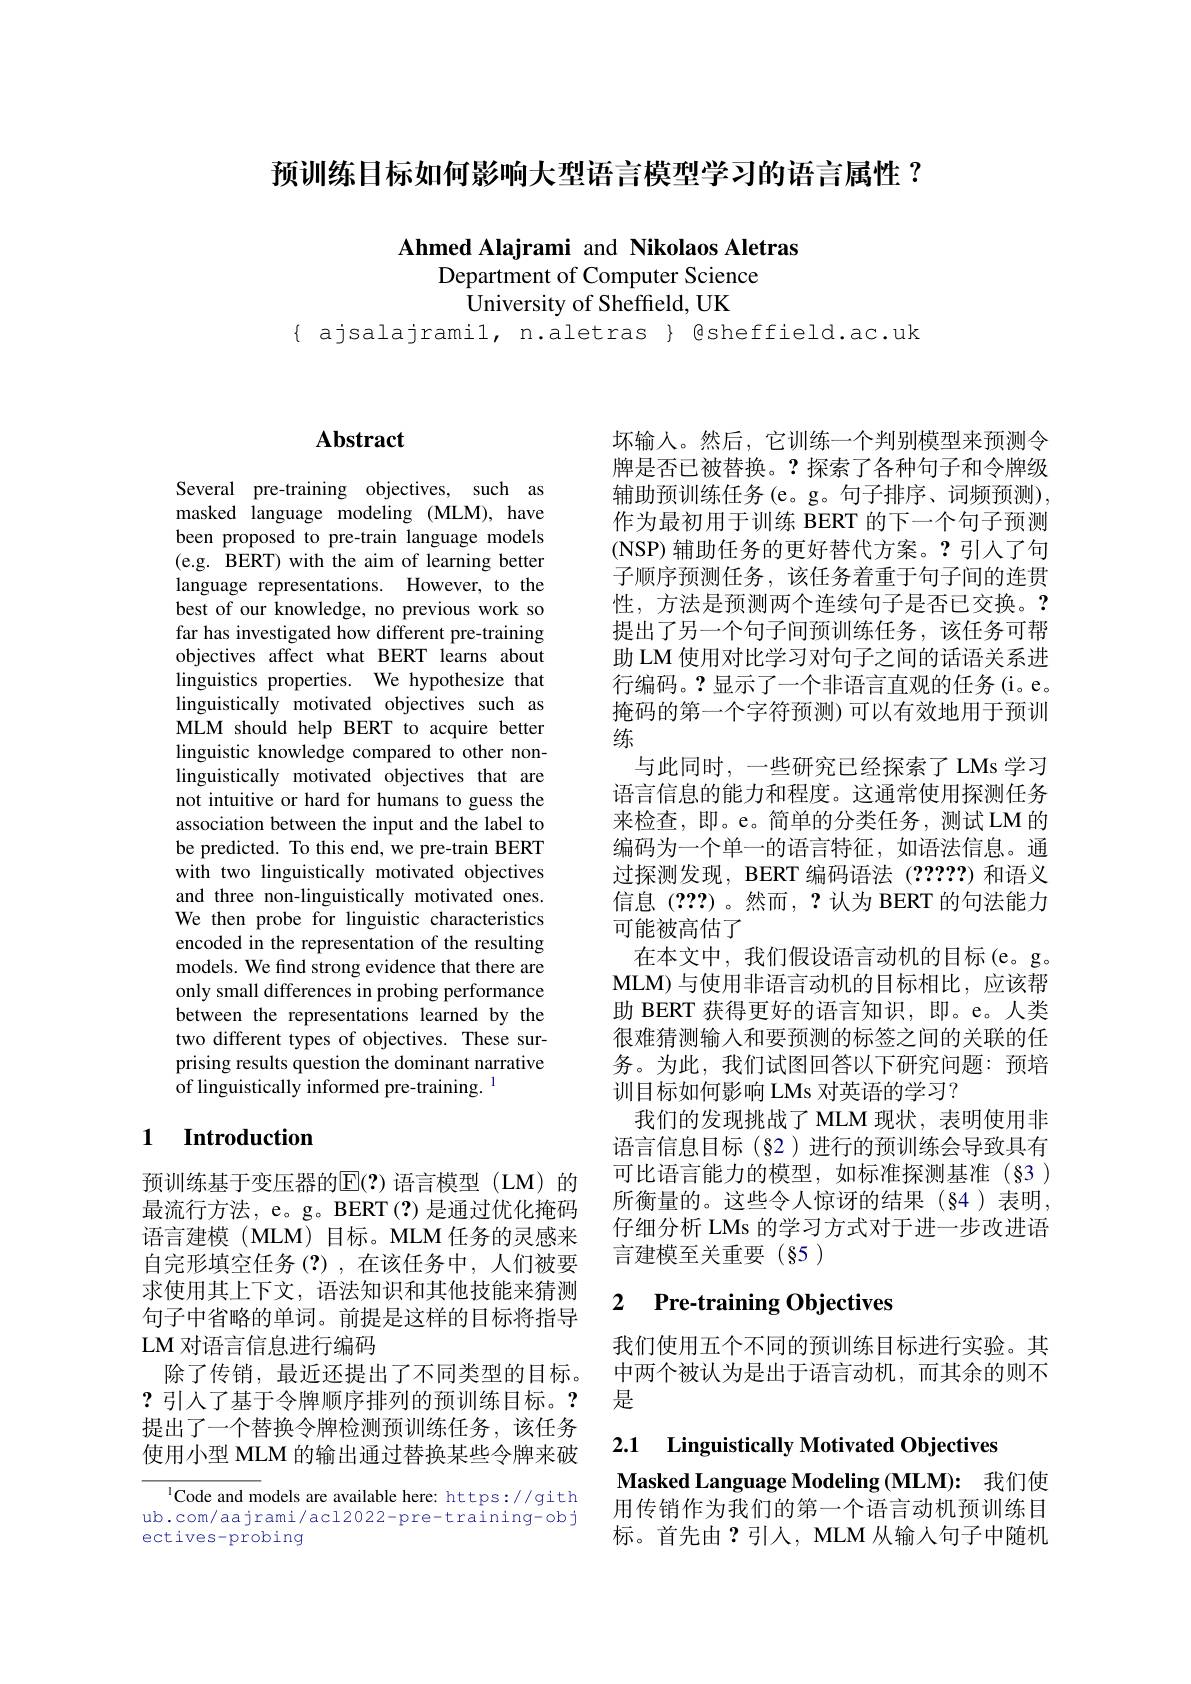
预训练目标如何影响大型语言模型学习的语言属性 ?

Ahmed Alajrami and Nikolaos Aletras
Department of Computer Science
University of Sheffield, UK

$\{$ ajsalajramil, n.aletras $\}$ @sheffield.ac.uk

# Abstract

Several pre-training objectives, such as masked language modeling (MLM), have been proposed to pre-train language models (e.g. BERT) with the aim of learning better language representations. However, to the best of our knowledge, no previous work so far has investigated how different pre-training objectives affect what BERT learns about linguistics properties. We hypothesize that linguistically motivated objectives such as MLM should help BERT to acquire better linguistic knowledge compared to other nonlinguistically motivated objectives that are not intuitive or hard for humans to guess the association between the input and the label to be predicted. To this end, we pre-train BERT with two linguistically motivated objectives and three non-linguistically motivated ones. We then probe for linguistic characteristics encoded in the representation of the resulting models. We find strong evidence that there are only small differences in probing performance between the representations learned by the two different types of objectives. These surprising results question the dominant narrative of linguistically informed pre-training.

## 1 $\textbf{Introduction}$

预训练基于变压器的$\overline{\mathrm{E}}(?)$ 语言模型 (LM)的最流行方法，e。g。BERT(?)是通过优化掩码语言建模 (MLM) 目标。MLM 任务的灵感来自完形填空任务(?),在该任务中，人们被要求使用其上下文，语法知识和其他技能来猜测句子中省略的单词。前提是这样的目标将指导LM 对语言信息进行编码
除了传销，最近还提出了不同类型的目标。?引入了基于令牌顺序排列的预训练目标。? 提出了一个替换令牌检测预训练任务，该任务使用小型 MLM 的输出通过替换某些令牌来破

$^{1}$Code and models are available here: https://gith ub.com/aajrami/acl2022-pre-training-obj ectives-probing

坏输入。然后，它训练一个判别模型来预测令牌是否已被替换。?探索了各种句子和令牌级辅助预训练任务(e。g。句子排序、词频预测), 作为最初用于训练 BERT 的下一个句子预测(NSP)辅助任务的更好替代方案。?引入了句子顺序预测任务，该任务着重于句子间的连贯性，方法是预测两个连续句子是否已交换。? 提出了另一个句子间预训练任务，该任务可帮助 LM 使用对比学习对句子之间的话语关系进行编码。?显示了一个非语言直观的任务(i。e。掩码的第一个字符预测)可以有效地用于预训练
与此同时，一些研究已经探索了LMs学习语言信息的能力和程度。这通常使用探测任务来检查，即。e。简单的分类任务，测试LM 的编码为一个单一的语言特征，如语法信息。通过探测发现，BERT 编码语法(?????)和语义信息(???)。然而，?认为 BERT 的句法能力可能被高估了
在本文中，我们假设语言动机的目标(e。g。MLM)与使用非语言动机的目标相比，应该帮助 BERT 获得更好的语言知识，即。e。人类很难猜测输入和要预测的标签之间的关联的任务。为此，我们试图回答以下研究问题：预培训目标如何影响 LMs 对英语的学习？
我们的发现挑战了MLM 现状，表明使用非语言信息目标(§2)进行的预训练会导致具有可比语言能力的模型，如标准探测基准(§3) 所衡量的。这些令人惊讶的结果(§4)表明， 仔细分析 LMs 的学习方式对于进一步改进语言建模至关重要(§5)

### 2 $\textbf{Pre- training Objectives}$

我们使用五个不同的预训练目标进行实验。其中两个被认为是出于语言动机，而其余的则不是

### 2.1 Linguistically Motivated Objectives Masked Language Modeling (MLM): 我们使用传销作为我们的第一个语言动机预训练目

标。首先由？引入，MLM 从输入句子中随机